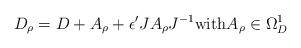
LaTeX: \begin{align*} D_\rho= D + A_\rho +\epsilon' J A_\rho J^{-1} \mbox{with} A_\rho\in \Omega_D^1 \end{align*}